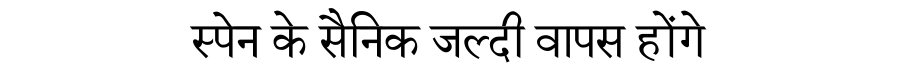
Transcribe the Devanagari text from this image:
स्पेन के सैनिक जल्दी वापस होंगे